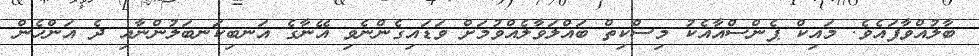
ބާލުއްވާފައެވެ. މައިކް ޕެންސްއާއެކު މިސްކިތް ބައްލަވާލެއްވުމަށް ވަޑައިގެންނެވި އޭނާގެ އަނބިކަނބަލުންނާއި ދެ އަންހެން